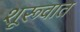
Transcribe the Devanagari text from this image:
शूरूवात